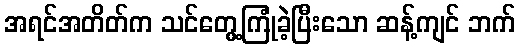
အရင်အတိတ်က သင်တွေ့ကြုံခဲ့ပြီးသော ဆန့်ကျင် ဘက်